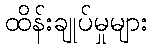
ထိန်းချုပ်မှုများ